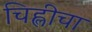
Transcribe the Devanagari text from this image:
चिह्लीचा